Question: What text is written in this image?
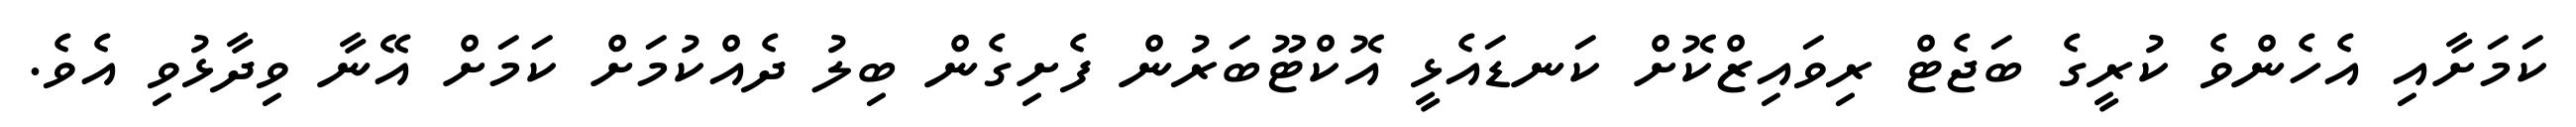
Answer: ކަމަށާއި އެހެންވެ ކުރީގެ ބަޖެޓް ރިވައިޒްކޮށް ކަނޑައެޅީ އޮކްޓޫބަރުން ފެށިގެން ބިލު ދެއްކުމަށް ކަމަށް އޭނާ ވިދާޅުވި އެވެ.